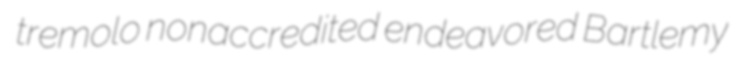
tremolo nonaccredited endeavored Bartlemy